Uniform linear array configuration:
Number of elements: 24
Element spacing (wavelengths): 0.5
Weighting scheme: kaiser
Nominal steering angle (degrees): -45
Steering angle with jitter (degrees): -45.022
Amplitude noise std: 0.05
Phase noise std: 0.05

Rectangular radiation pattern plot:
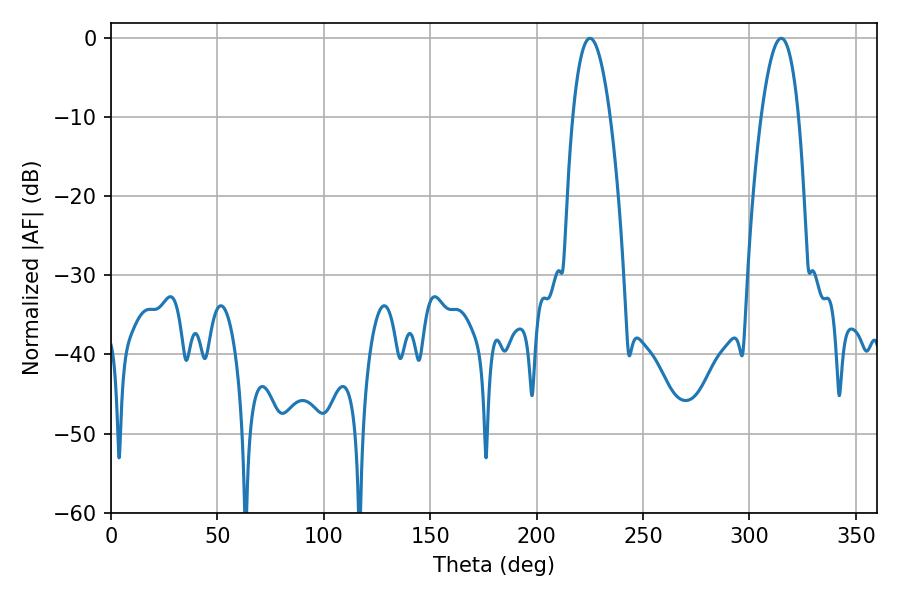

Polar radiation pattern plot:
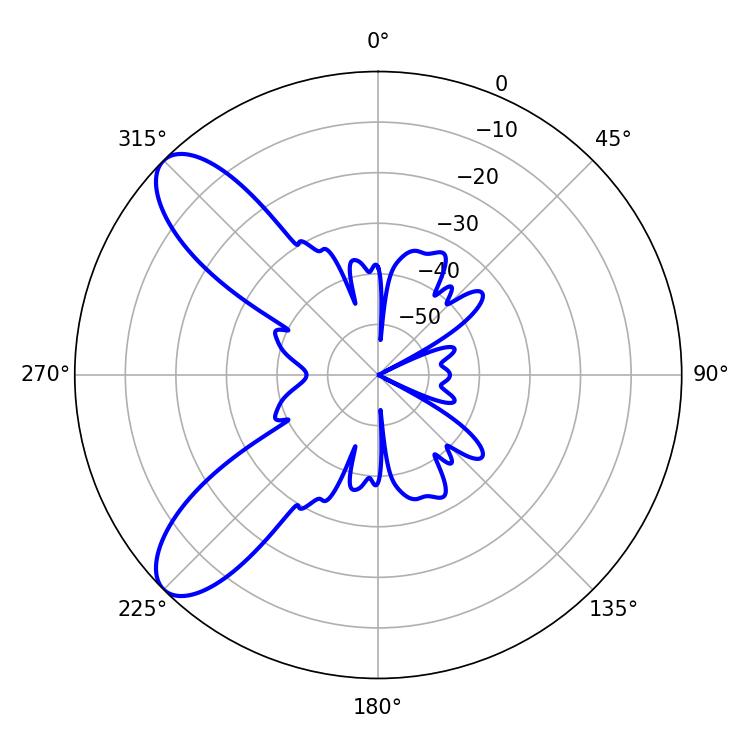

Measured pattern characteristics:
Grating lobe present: FALSE
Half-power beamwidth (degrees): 9.54
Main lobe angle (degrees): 225